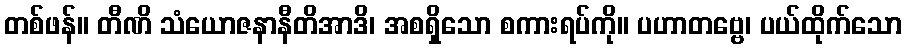
တစ်ဖန်။ တီဏိ သံယောဇနာနီတိအာဒိ၊ အစရှိသော စကားရပ်ကို။ ပဟာတဗ္ဗေ၊ ပယ်ထိုက်သော